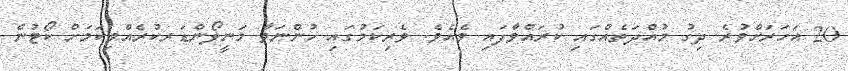
20 އަހަރަށްވުރެ ދިގު މުއްދަތެއްގައި ކުރައްވާފައި ވެއެވެ. ވެރިކަމުގައި ހުންނަވާ މަނީލޯންޑަރކުރެއްވިކަމަށް ކޯޓުން